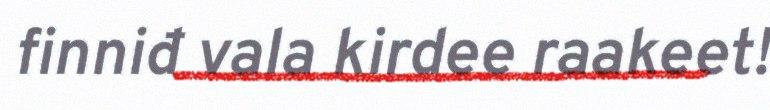
finniđ vala kirdee raakeet!